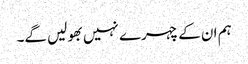
ہم ان کے چہرے نہیں بھولیں گے۔